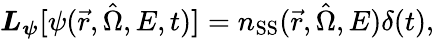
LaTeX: \boldsymbol{L_{\psi}[}\psi(\vec{r},\hat{\Omega},E,t)\boldsymbol{]}=n_{\mathrm{SS}}(\vec{r},\hat{\Omega},E)\delta(t),